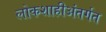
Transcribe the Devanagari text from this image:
लोकशाहीअंतर्गत